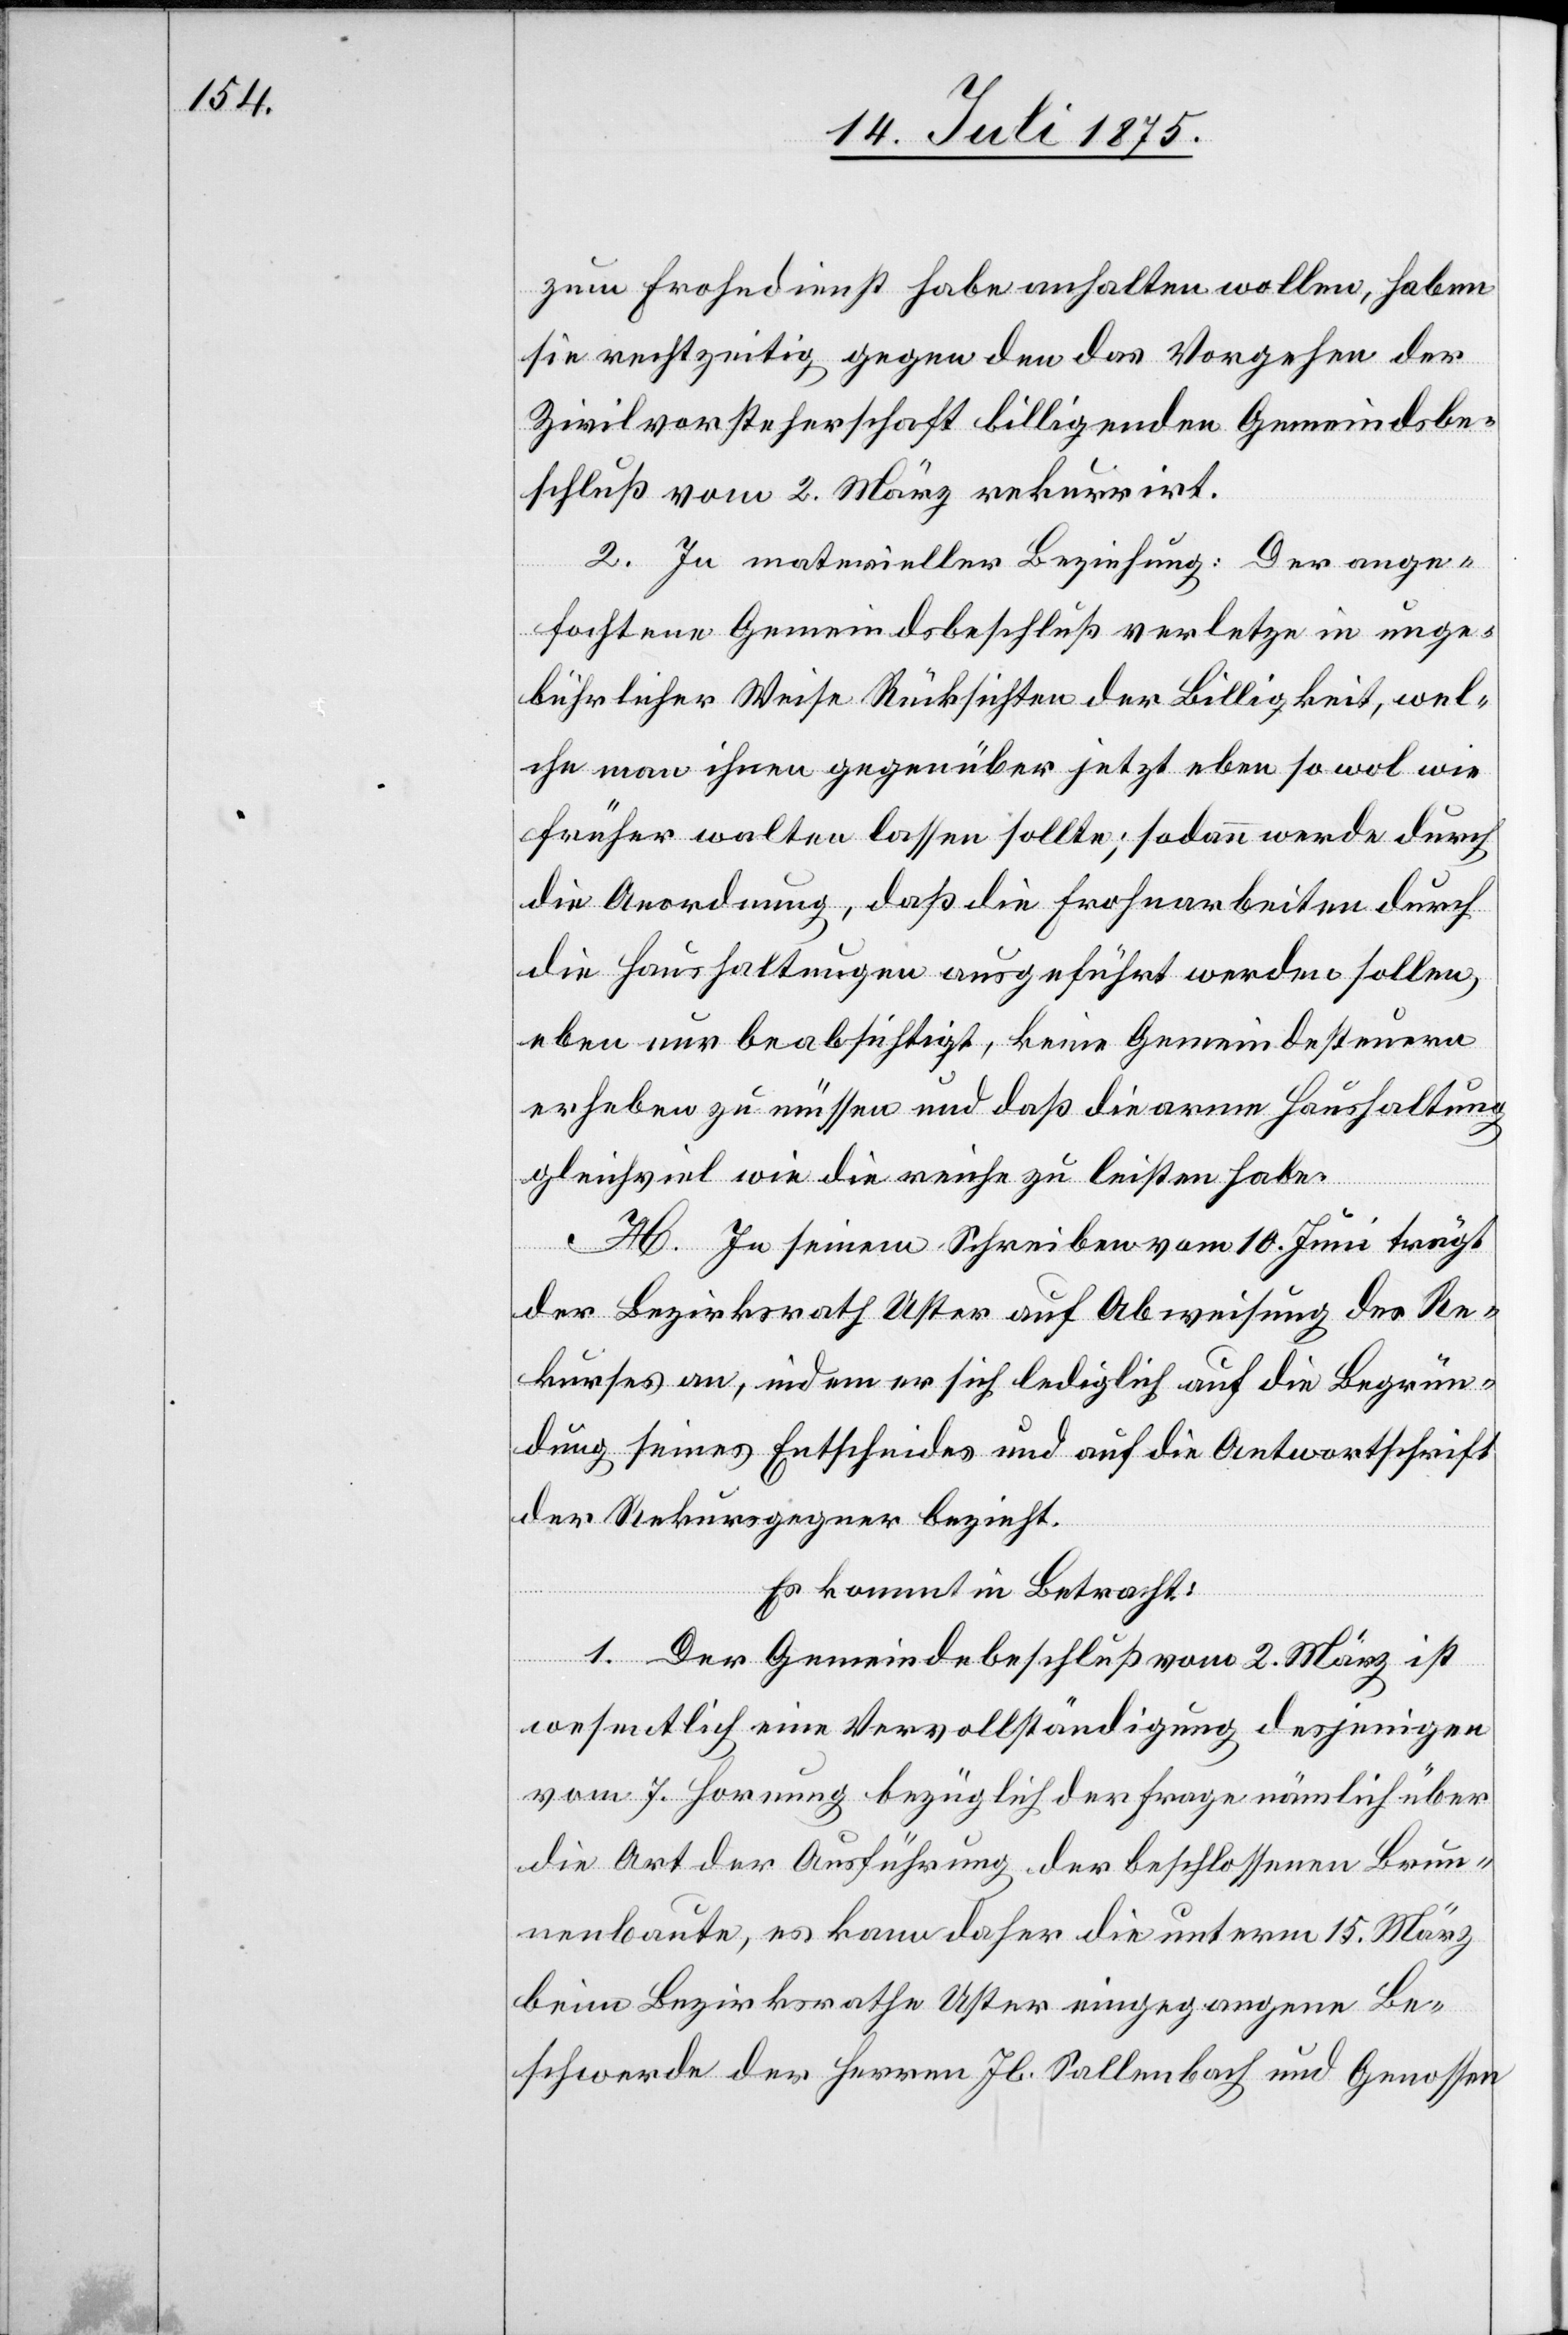
zum Frohndienst habe anhalten wollen, haben
sie rechtzeitig gegen den das Vorgehen der
Zivilvorsteherschaft billigenden Gemeindsbe¬
schluß vom 2. März rekurrirt.
2. In materieller Beziehung: Der ange¬
fochtene Gemeindsbeschluß verletze in unge¬
bührlicher Weise Rücksichten der Billigkeit, wel¬
che man ihnen gegenüber jetzt eben so wol wie
früher walten lassen sollte; sodann werde durch
die Anordnung, daß die Frohnarbeiten durch
die Haushaltungen ausgeführt werden sollen,
eben nur beabsichtigt, keine Gemeindesteuern
erheben zu müssen und daß die arme Haushaltung
gleich viel wie die reiche zu leisten habe.
H. In seinem Schreiben vom 10. Juni trägt
der Bezirksrath Uster auf Abweisung des Re¬
kurses an, indem er sich lediglich auf die Begrün¬
dung seines Entscheides und auf die Antwortschrift
der Rekursgegner bezieht.
Es kommt in Betracht:
1. Der Gemeindebeschluß vom 2. März ist
wesentlich eine Vervollständigung desjenigen
vom 7. Hornung bezüglich der Frage nämlich über
die Art der Ausführung der beschlossenen Brun¬
nenbaute, es kann daher die unterm 15. März
beim Bezirksrathe Uster eingegangene Be¬
schwerde der Herren Jb. Sallenbach und Genossen